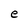
Character: e